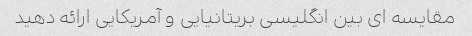
مقایسه ای بین انگلیسی بریتانیایی و آمریکایی ارائه دهید